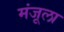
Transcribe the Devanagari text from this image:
मंजूला